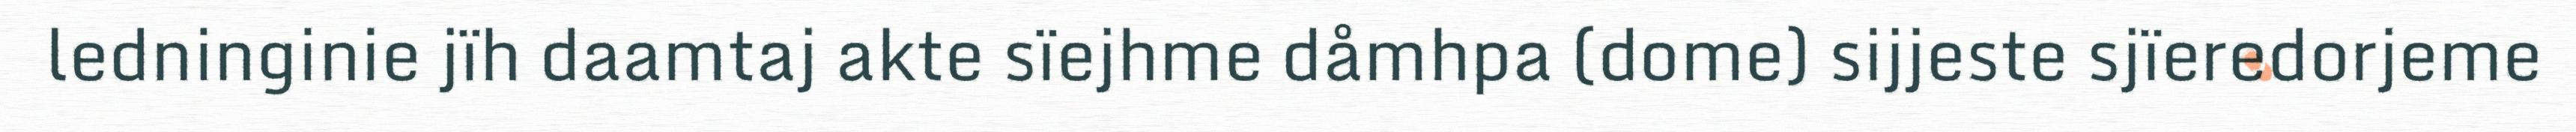
ledninginie jïh daamtaj akte sïejhme dåmhpa (dome) sijjeste sjïeredorjeme